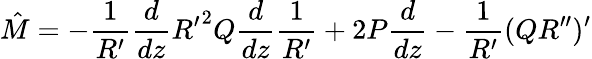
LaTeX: {\hat{M}}=-\frac{1}{R^{\prime}}\frac{d}{dz}{R^{\prime}}^{2}Q\frac{d}{dz}\frac{1}{R^{\prime}}+2P\frac{d}{dz}-\frac{1}{R^{\prime}}(QR^{\prime\prime})^{\prime}